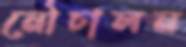
নৌচালন